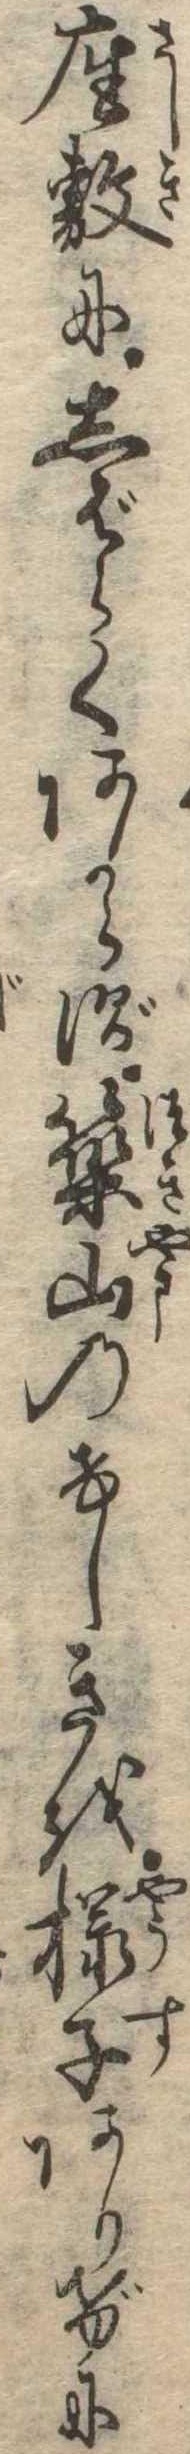
座敷にしばらくあがらず築山のけしきを様子ありげに